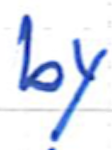
Text: by
Cross-out: clean
Writing tool: ballpoint